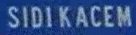
SIDI KACEM